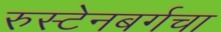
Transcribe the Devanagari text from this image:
रुस्टेनबर्गचा